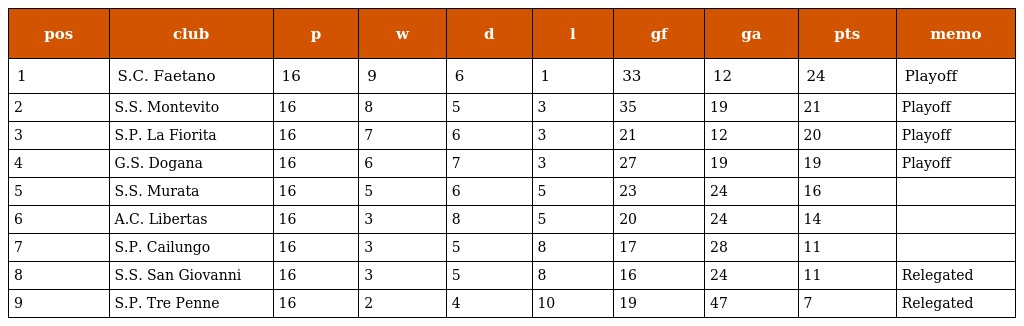
| pos | club | p | w | d | l | gf | ga | pts | memo |
 | --- | --- | --- | --- | --- | --- | --- | --- | --- | --- |
 | 1 | S.C. Faetano | 16 | 9 | 6 | 1 | 33 | 12 | 24 | Playoff |
 | 2 | S.S. Montevito | 16 | 8 | 5 | 3 | 35 | 19 | 21 | Playoff |
 | 3 | S.P. La Fiorita | 16 | 7 | 6 | 3 | 21 | 12 | 20 | Playoff |
 | 4 | G.S. Dogana | 16 | 6 | 7 | 3 | 27 | 19 | 19 | Playoff |
 | 5 | S.S. Murata | 16 | 5 | 6 | 5 | 23 | 24 | 16 |  |
 | 6 | A.C. Libertas | 16 | 3 | 8 | 5 | 20 | 24 | 14 |  |
 | 7 | S.P. Cailungo | 16 | 3 | 5 | 8 | 17 | 28 | 11 |  |
 | 8 | S.S. San Giovanni | 16 | 3 | 5 | 8 | 16 | 24 | 11 | Relegated |
 | 9 | S.P. Tre Penne | 16 | 2 | 4 | 10 | 19 | 47 | 7 | Relegated |